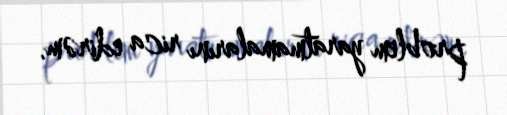
problem yaratmamalarını rica edirəm.